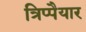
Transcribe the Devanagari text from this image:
त्रिप्पैयार